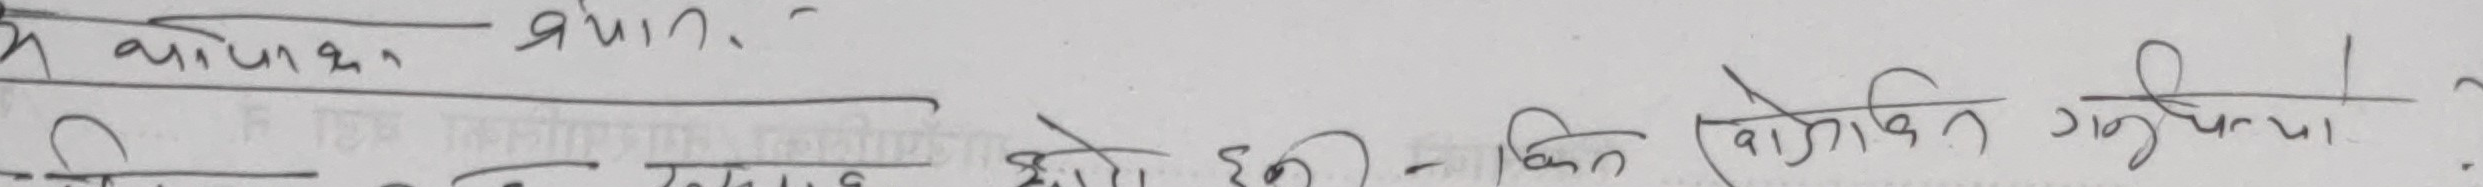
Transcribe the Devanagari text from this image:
अथवा ज्ञात.
जिम्मेदारी का प्रावधान होती है - किन खोजिने अनुसूची ?